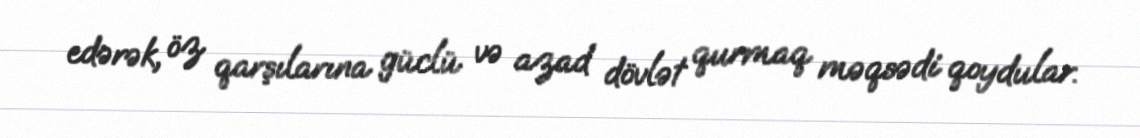
edərək, öz qarşılarına güclü və azad dövlət qurmaq məqsədi qoydular.